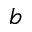
b